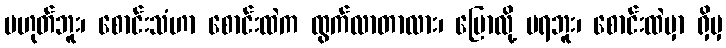
မဟုတ်ဘူး၊ စောင်းသံဟာ စောင်းထဲက ထွက်လာတာလား၊ ပြောလို့ မရဘူး၊ စောင်းထဲမှာ ရှိမှ